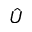
\hat { U }